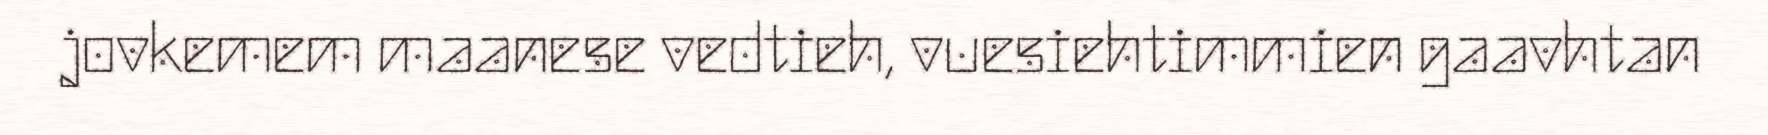
jovkemem maanese vedtieh, vuesiehtimmien gaavhtan